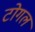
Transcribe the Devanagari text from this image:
टोगल